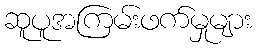
ဆူပူအကြမ်းဖက်မှုများ